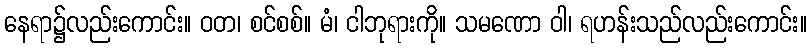
နေရာ၌လည်းကောင်း။ ဝတ၊ စင်စစ်။ မံ၊ ငါဘုရားကို။ သမဏော ဝါ၊ ရဟန်းသည်လည်းကောင်း။